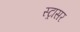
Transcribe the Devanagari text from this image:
स्ट्रासर